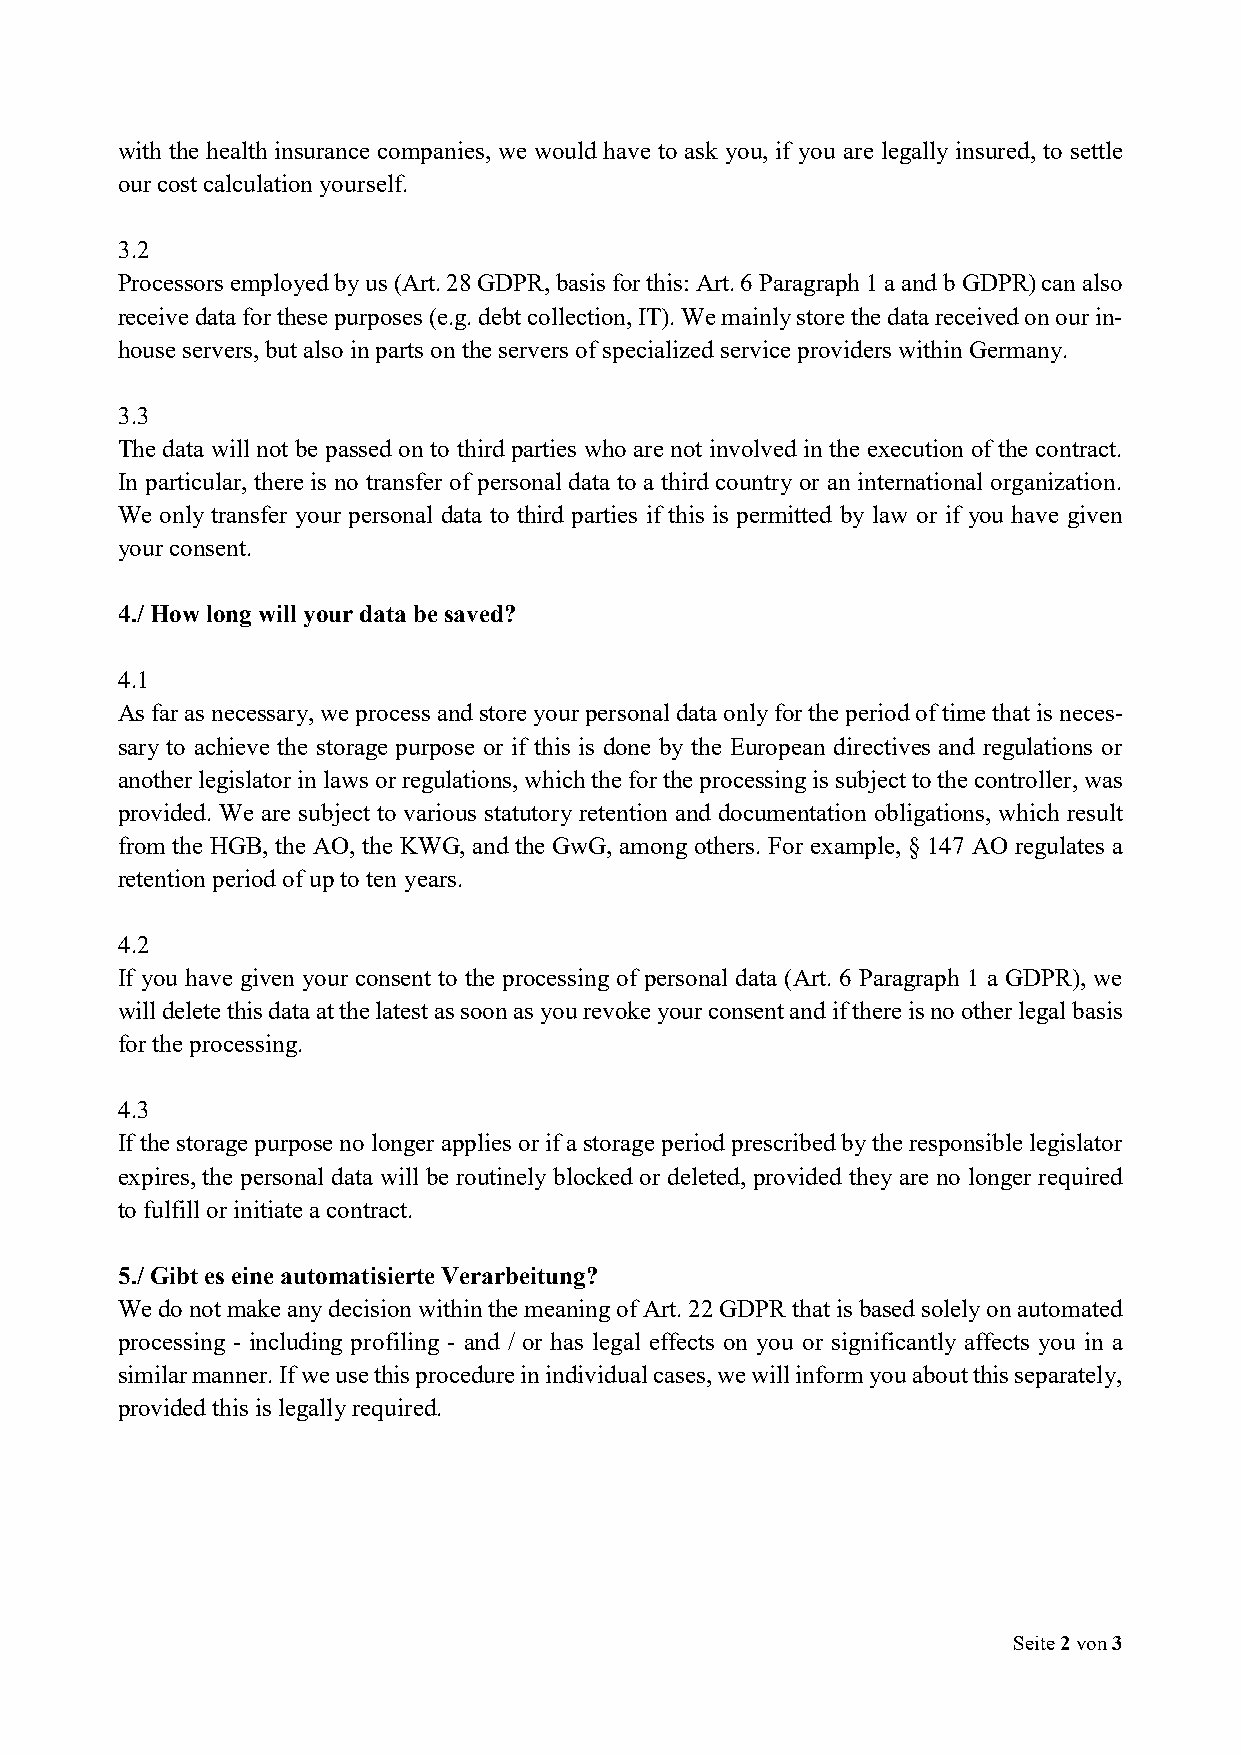
with the health insurance companies, we would have to ask you, if you are legally insured, to settle
 our cost calculation yourself.
 3.2
 Processors employed by us (Art. 28 GDPR, basis for this: Art. 6 Paragraph 1 a and b GDPR) can also
 receive data for these purposes (e.g. debt collection, IT). We mainly store the data received on our in-
 house servers, but also in parts on the servers of specialized service providers within Germany.
 3.3
 The data will not be passed on to third parties who are not involved in the execution of the contract.
 In particular, there is no transfer of personal data to a third country or an international organization.
 We only transfer your personal data to third parties if this is permitted by law or if you have given
 your consent.
 4./ How long will your data be saved?
 4.1
 As far as necessary, we process and store your personal data only for the period of time that is neces-
 sary to achieve the storage purpose or if this is done by the European directives and regulations or
 another legislator in laws or regulations, which the for the processing is subject to the controller, was
 provided. We are subject to various statutory retention and documentation obligations, which result
 from the HGB, the AO, the KWG, and the GwG, among others. For example, § 147 AO regulates a
 retention period of up to ten years.
 4.2
 If you have given your consent to the processing of personal data (Art. 6 Paragraph 1 a GDPR), we
 will delete this data at the latest as soon as you revoke your consent and if there is no other legal basis
 for the processing.
 4.3
 If the storage purpose no longer applies or if a storage period prescribed by the responsible legislator
 expires, the personal data will be routinely blocked or deleted, provided they are no longer required
 to fulfill or initiate a contract.
 5./ Gibt es eine automatisierte Verarbeitung?
 We do not make any decision within the meaning of Art. 22 GDPR that is based solely on automated
 processing - including profiling - and / or has legal effects on you or significantly affects you in a
 similar manner. If we use this procedure in individual cases, we will inform you about this separately,
 provided this is legally required.
 Seite 2 von 3